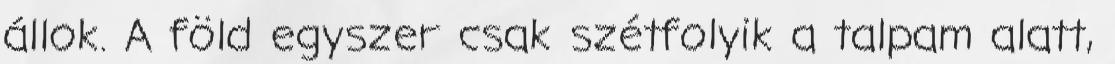
állok. A föld egyszer csak szétfolyik a talpam alatt,